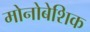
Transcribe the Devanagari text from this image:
मोनोबेशिक